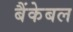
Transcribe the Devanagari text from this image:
बैंकेबल